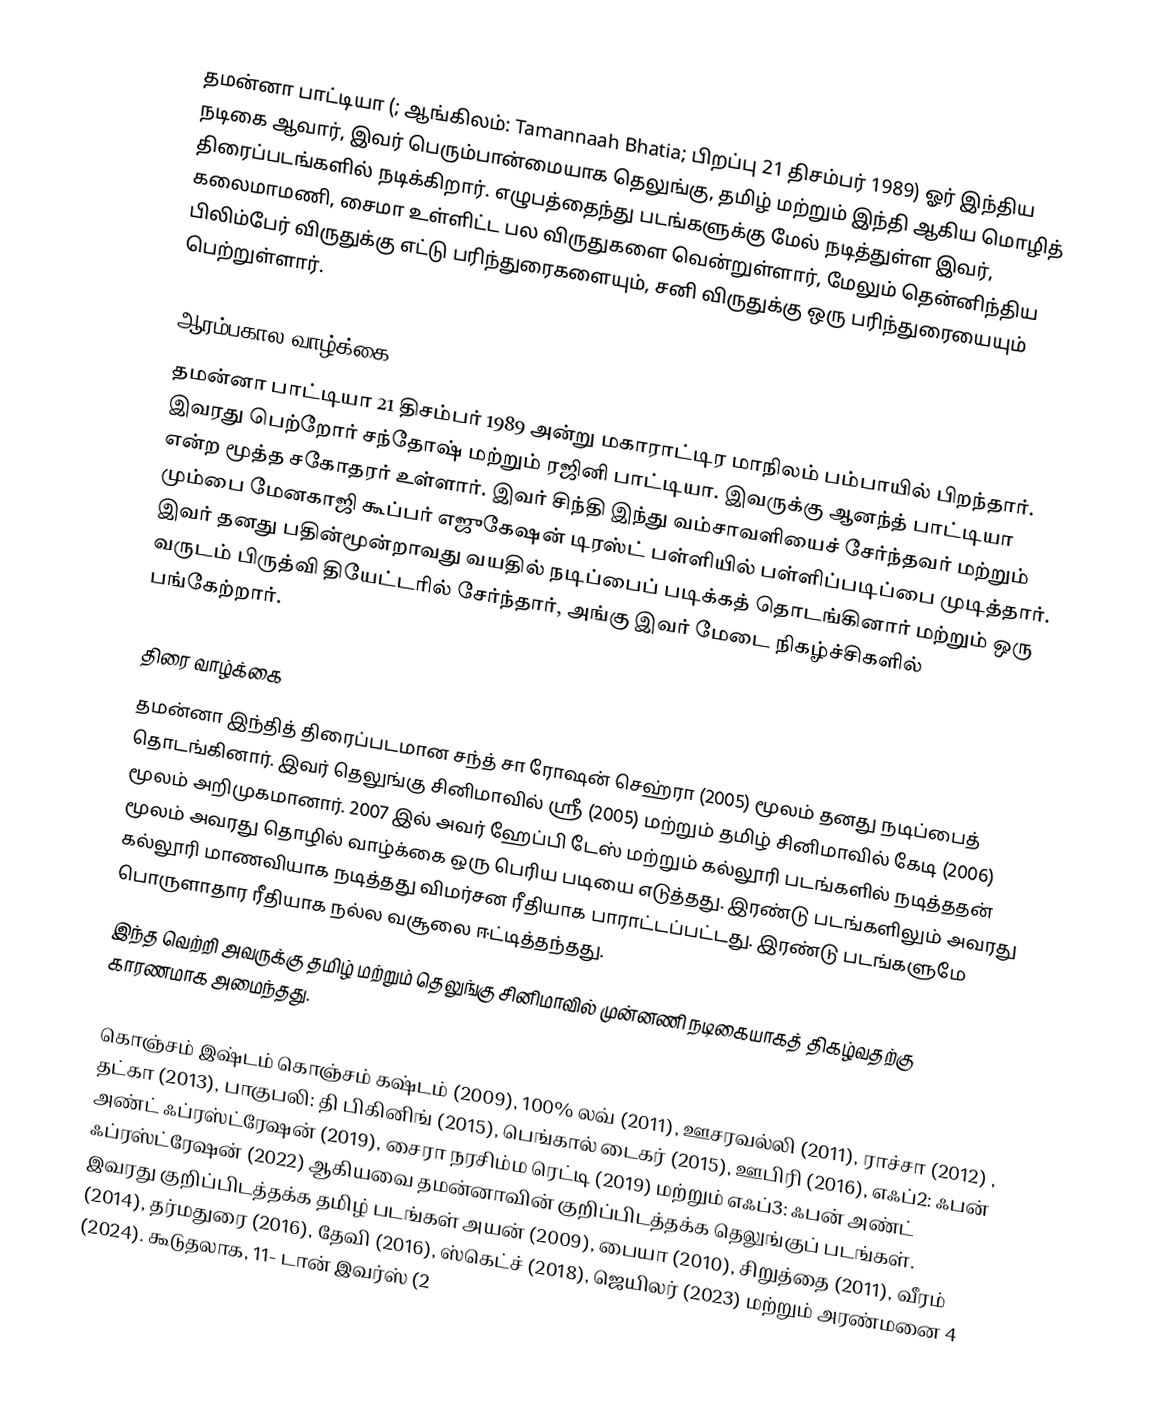
தமன்னா பாட்டியா (; ஆங்கிலம்: Tamannaah Bhatia; பிறப்பு 21 திசம்பர் 1989) ஓர்  இந்திய நடிகை ஆவார், இவர் பெரும்பான்மையாக தெலுங்கு, தமிழ் மற்றும் இந்தி ஆகிய மொழித் திரைப்படங்களில் நடிக்கிறார். எழுபத்தைந்து படங்களுக்கு மேல் நடித்துள்ள இவர், கலைமாமணி, சைமா உள்ளிட்ட பல விருதுகளை வென்றுள்ளார், மேலும் தென்னிந்திய பிலிம்பேர் விருதுக்கு  எட்டு பரிந்துரைகளையும், சனி விருதுக்கு  ஒரு பரிந்துரையையும் பெற்றுள்ளார்.

ஆரம்பகால வாழ்க்கை
தமன்னா பாட்டியா 21 திசம்பர் 1989 அன்று மகாராட்டிர மாநிலம் பம்பாயில் பிறந்தார். இவரது பெற்றோர் சந்தோஷ் மற்றும் ரஜினி பாட்டியா. இவருக்கு ஆனந்த் பாட்டியா என்ற மூத்த சகோதரர் உள்ளார். இவர் சிந்தி இந்து வம்சாவளியைச் சேர்ந்தவர் மற்றும் மும்பை மேனகாஜி கூப்பர் எஜுகேஷன் டிரஸ்ட் பள்ளியில் பள்ளிப்படிப்பை முடித்தார். இவர் தனது பதின்மூன்றாவது வயதில் நடிப்பைப் படிக்கத் தொடங்கினார் மற்றும் ஒரு வருடம் பிருத்வி தியேட்டரில் சேர்ந்தார், அங்கு இவர் மேடை நிகழ்ச்சிகளில் பங்கேற்றார்.

திரை வாழ்க்கை
தமன்னா இந்தித் திரைப்படமான சந்த் சா ரோஷன் செஹ்ரா (2005) மூலம் தனது நடிப்பைத் தொடங்கினார். இவர் தெலுங்கு சினிமாவில் ஸ்ரீ (2005) மற்றும் தமிழ் சினிமாவில் கேடி (2006) மூலம் அறிமுகமானார். 2007 இல் அவர் ஹேப்பி டேஸ் மற்றும் கல்லூரி படங்களில் நடித்ததன் மூலம் அவரது தொழில் வாழ்க்கை ஒரு பெரிய படியை எடுத்தது. இரண்டு படங்களிலும் அவரது கல்லூரி மாணவியாக நடித்தது விமர்சன ரீதியாக பாராட்டப்பட்டது. இரண்டு படங்களுமே பொருளாதார ரீதியாக நல்ல வசூலை ஈட்டித்தந்தது.
இந்த வெற்றி அவருக்கு தமிழ் மற்றும் தெலுங்கு சினிமாவில் முன்னணி நடிகையாகத் திகழ்வதற்கு காரணமாக அமைந்தது.

கொஞ்சம் இஷ்டம் கொஞ்சம் கஷ்டம் (2009), 100% லவ் (2011), ஊசரவல்லி (2011), ராச்சா (2012) , தட்கா (2013), பாகுபலி: தி பிகினிங் (2015), பெங்கால் டைகர் (2015), ஊபிரி (2016), எஃப்2: ஃபன் அண்ட் ஃப்ரஸ்ட்ரேஷன் (2019), சைரா நரசிம்ம ரெட்டி (2019) மற்றும் எஃப்3: ஃபன் அண்ட் ஃப்ரஸ்ட்ரேஷன் (2022) ஆகியவை தமன்னாவின் குறிப்பிடத்தக்க தெலுங்குப் படங்கள். இவரது குறிப்பிடத்தக்க தமிழ் படங்கள் அயன் (2009), பையா (2010), சிறுத்தை (2011), வீரம் (2014), தர்மதுரை (2016), தேவி (2016), ஸ்கெட்ச் (2018), ஜெயிலர் (2023) மற்றும் அரண்மனை 4 (2024). கூடுதலாக, 11- டான் இவர்ஸ் (2